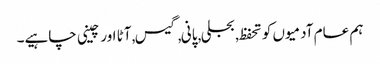
ہم عام آدمیوں کو تحفظ, بجلی, پانی, گیس, آٹا اور چینی چاہیے۔